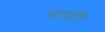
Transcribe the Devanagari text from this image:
मापही